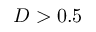
D > 0 . 5